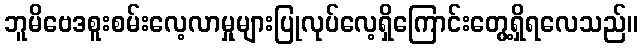
ဘူမိဗေဒစူးစမ်းလေ့လာမှုများပြုလုပ်လေ့ရှိကြောင်းတွေ့ရှိရလေသည်။